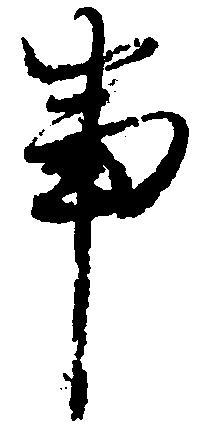
事